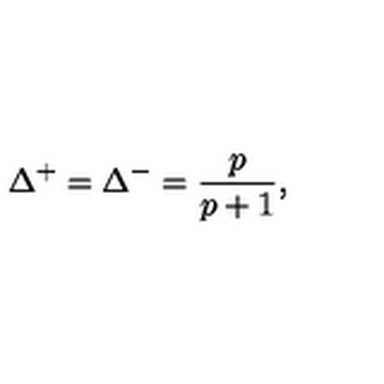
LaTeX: \Delta ^ { + } = \Delta ^ { - } = \frac { p } { p + 1 } ,